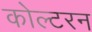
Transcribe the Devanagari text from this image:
कोल्टरन